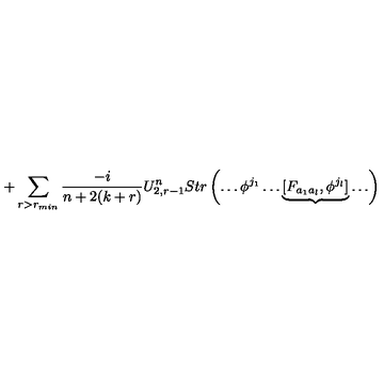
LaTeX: + \sum _ { r > r _ { m i n } } \frac { - i } { n + 2 ( k + r ) } U _ { 2 , r - 1 } ^ { n } S t r \left( \ldots \phi ^ { j _ { 1 } } \ldots \underbrace { [ F _ { a _ { 1 } a _ { l } } , \phi ^ { j _ { l } } ] } \ldots \right)